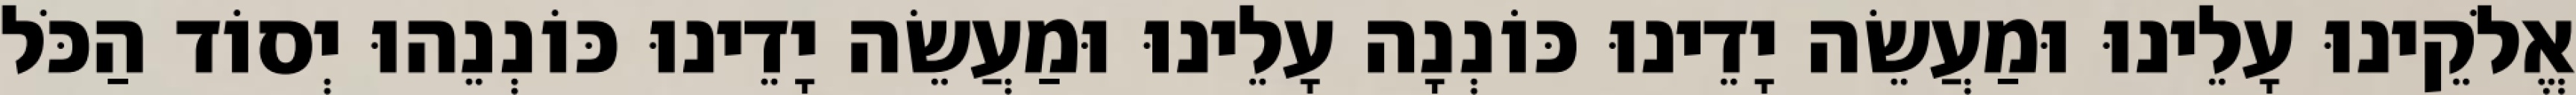
אֱלֹקֵינוּ עָלֵינוּ וּמַעֲשֵׂה יָדֵינוּ כּוֹנְנָה עָלֵינוּ וּמַעֲשֵׂה יָדֵינוּ כּוֹנְנֵהוּ יְסוֹד הַכֹּל